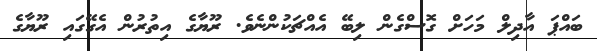
ބައްޕަ އާދިލް މަހަށް ގޮސްގެން ލިބޭ އެއްޗަކުންނެވެ. ރޫޔާގެ އިތުރުން އެގޭގައި ރޫޔާގެ